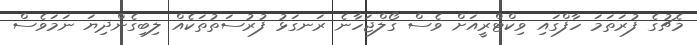
މެޗުގެ ފުރަތަމަ ހާފްގައި ވިކްޓްރީއަށް ވެސް ގޯލްޖަހާނެ ރަނގަޅު ފުރުސަތުތަކެއް ލިބިގެންދިޔަ ނަމަވެސް